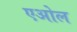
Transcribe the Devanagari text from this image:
एओल